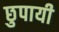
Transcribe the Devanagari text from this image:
छुपायी